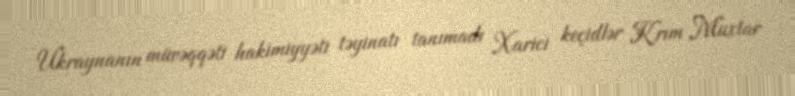
Ukraynanın müvəqqəti hakimiyyəti təyinatı tanımadı Xarici keçidlər Krım Muxtar